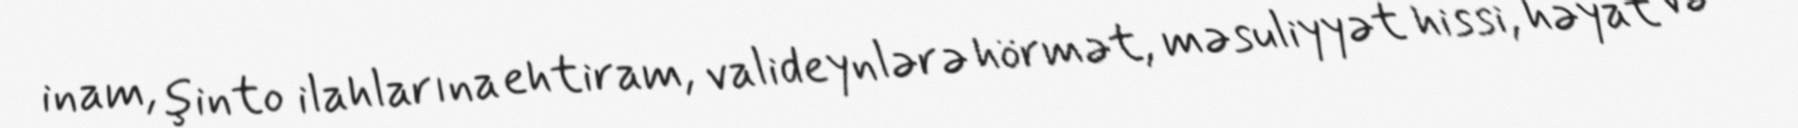
inam, şinto ilahlarına ehtiram, valideynlərə hörmət, məsuliyyət hissi, həyat və